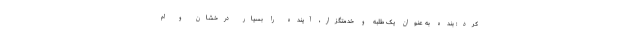
کرد: بنده به عنوان یک طلبه و خدمتگزار، آینده را بسیار درخشان و ام